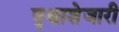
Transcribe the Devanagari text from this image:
वृक्षाशेजारी